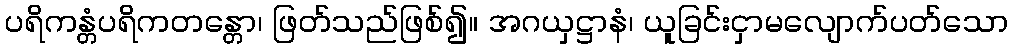
ပရိကန္တံပရိကတန္တော၊ ဖြတ်သည်ဖြစ်၍။ အဂယှဋ္ဌာနံ၊ ယူခြင်းငှာမလျောက်ပတ်သော